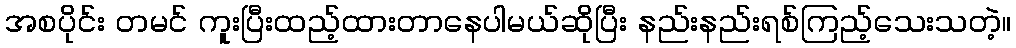
အစပိုင်း တမင် ကူးပြီးထည့်ထားတာနေပါမယ်ဆိုပြီး နည်းနည်းရစ်ကြည့်သေးသတဲ့။